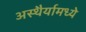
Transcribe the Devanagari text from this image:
अस्थैर्यामध्ये